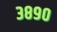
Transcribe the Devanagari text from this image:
३८९०